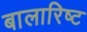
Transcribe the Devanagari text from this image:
बालारिष्ट